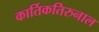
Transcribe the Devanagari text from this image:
कार्तिकतिरुनाल